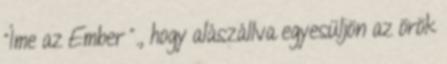
"Íme az Ember "., hogy alászállva egyesüljön az örök